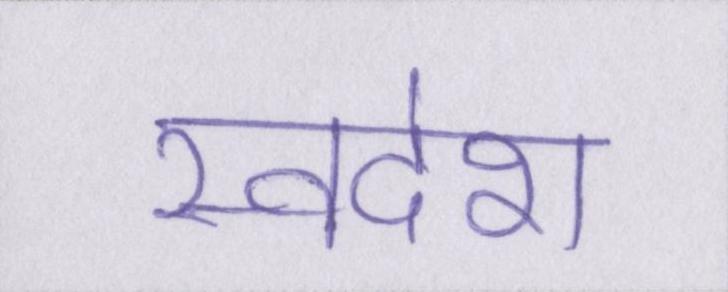
स्वदेश